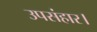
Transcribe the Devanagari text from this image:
उपसंहार।